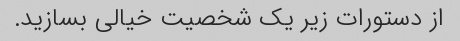
از دستورات زیر یک شخصیت خیالی بسازید.